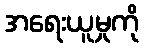
အရေးယူမှုကို